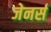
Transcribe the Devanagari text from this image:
जेनर्स